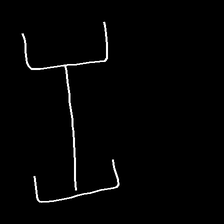
Glyph: entwine